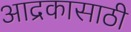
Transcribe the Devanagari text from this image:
आद्रकासाठी